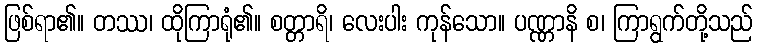
ဖြစ်ရာ၏။ တဿ၊ ထိုကြာရုံ၏။ စတ္တာရိ၊ လေးပါး ကုန်သော။ ပဏ္ဏာနိ စ၊ ကြာရွက်တို့သည်